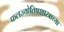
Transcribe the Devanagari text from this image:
फलज्योतिषशास्त्राच्या